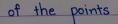
of the points